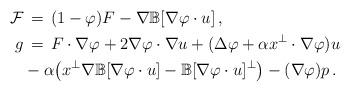
LaTeX: \begin{align*}\mathcal{F} &\,=\, (1-\varphi ) F - \nabla \mathbb{B}[\nabla \varphi \cdot u]\,,\\g & \,=\, F \cdot \nabla \varphi + 2 \nabla \varphi \cdot \nabla u + (\Delta \varphi + \alpha x^\bot \cdot \nabla \varphi ) u \\& - \alpha \big ( x^\bot \nabla \mathbb{B}[\nabla \varphi \cdot u] - \mathbb{B}[\nabla \varphi \cdot u]^\bot \big ) - ( \nabla \varphi ) p \,.\end{align*}